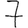
Digit: 7